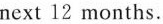
next 12 months.